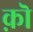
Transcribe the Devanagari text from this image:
क़ॊ